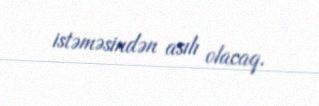
istəməsindən asılı olacaq.